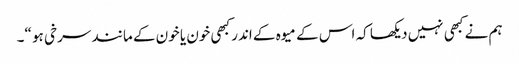
ہم نے کبھی نہیں دیکھا کہ اس کے میوہ کے اندر کبھی خون یا خون کے مانند سرخی ہو “۔